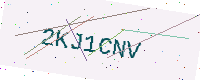
Text: 2KJ1CNV